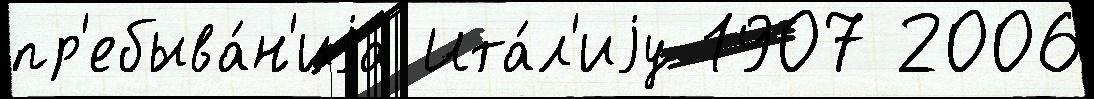
пр'ебыва́н'иjа Ита́л'иjу 1907 2006